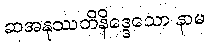
ဆအနုဿတိနိဒ္ဒေသော နာမ